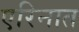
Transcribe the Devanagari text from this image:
एरिनात